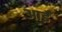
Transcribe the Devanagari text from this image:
आईँ